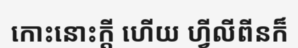
កោះនោះក្តី ហើយ ហ្វីលីពីនក៏